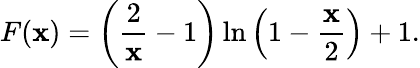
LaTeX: F(\mathbf{x})=\left({\frac{{2}}{{\mathbf{x}}}}-1\right)\ln\left(1-{\frac{{\mathbf{x}}}{{2}}}\right)+1.